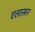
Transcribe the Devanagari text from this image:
एलासन